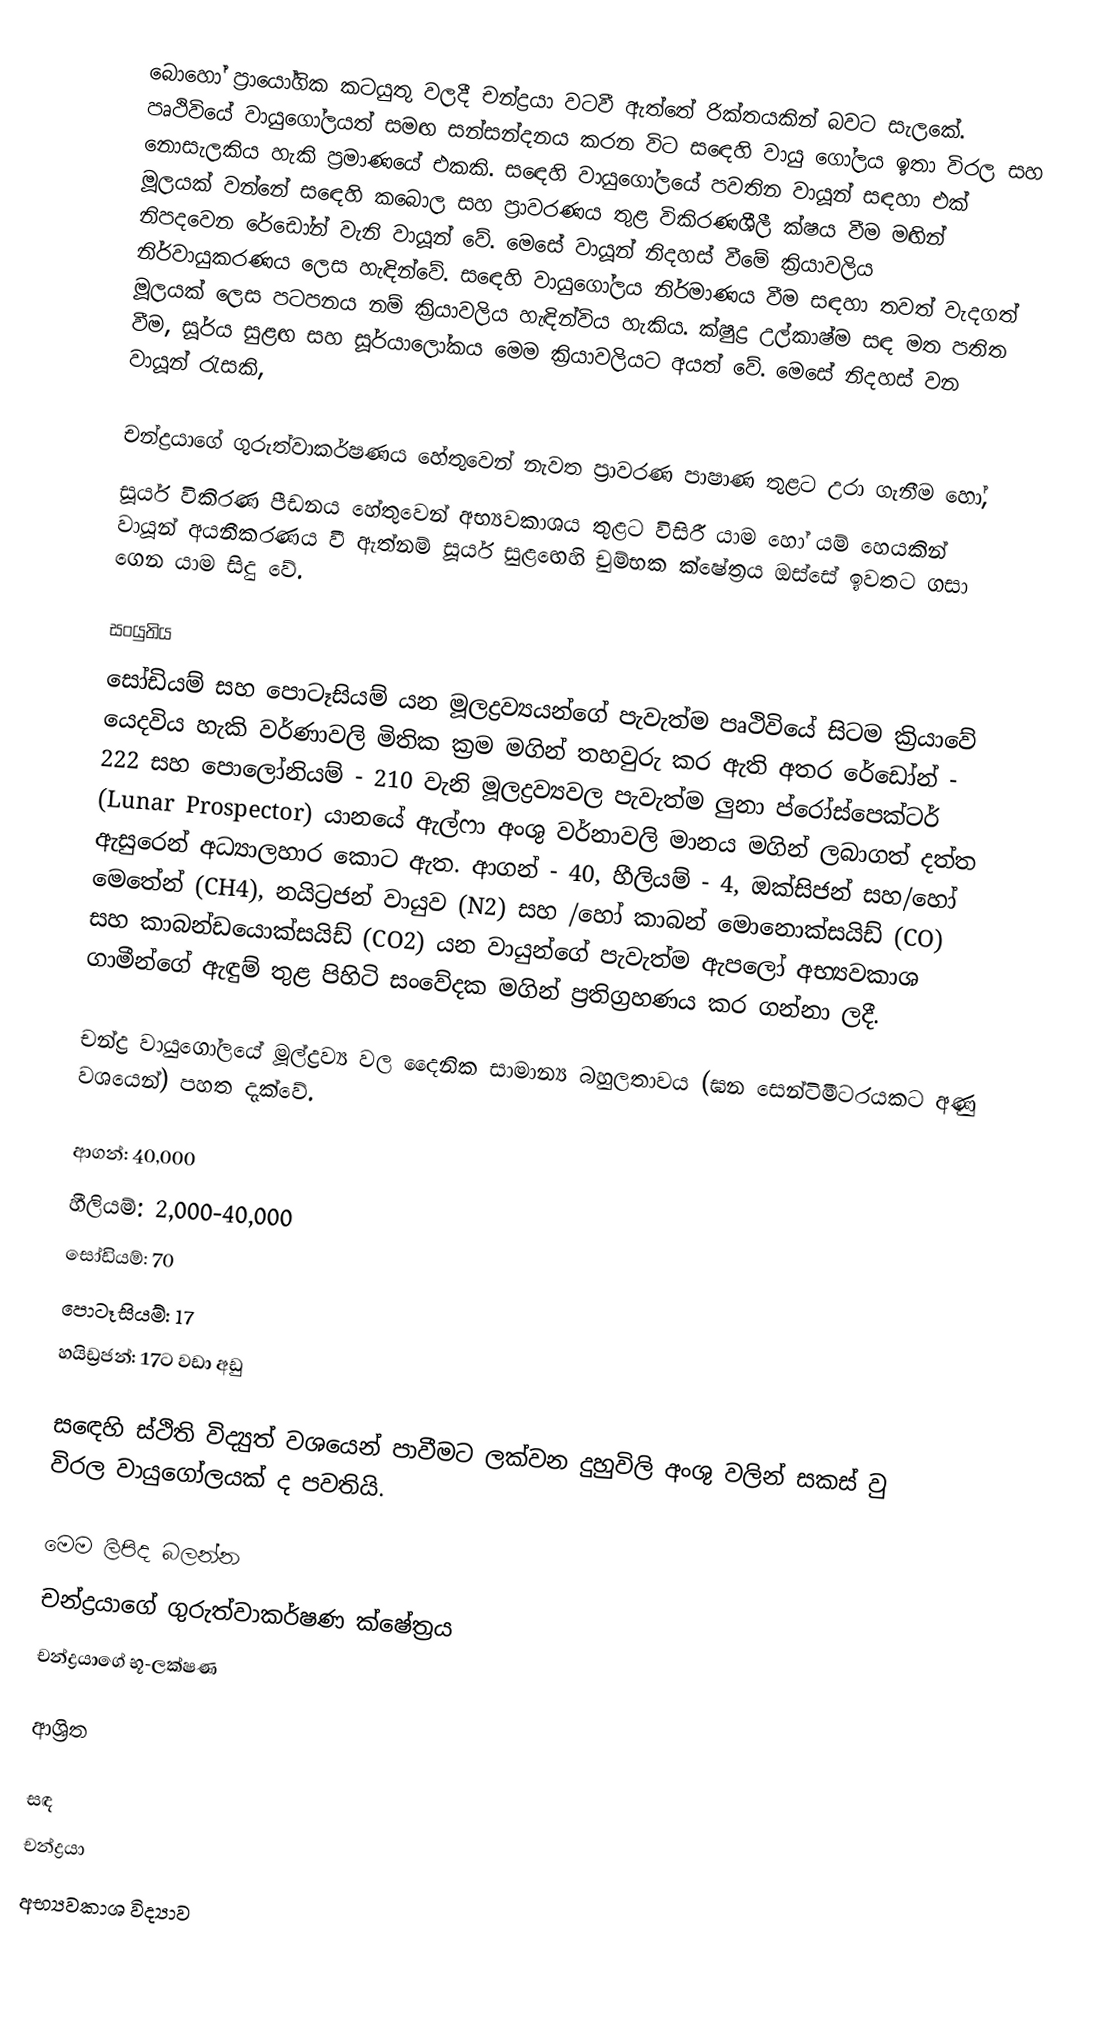
බොහෝ ප්‍රායෝගික කටයුතු වලදී චන්ද්‍රයා වටවී ඇත්තේ රික්තයකින් බවට සැලකේ. පෘථිවියේ වායුගෝලයත් සමඟ සන්සන්දනය කරන විට සඳෙහි වායු ගෝලය ඉතා විරල සහ නොසැලකිය හැකි ප්‍රමාණයේ එකකි. සඳෙහි වායුගෝලයේ පවතින වායූන් සඳහා එක් මූලයක් වන්නේ සඳෙහි කබොල සහ  ප්‍රාවරණය තුළ විකිරණශීලී ක්ෂය වීම මඟින් නිපදවෙන රේඩෝන් වැනි වායූන් වේ. මෙසේ වායූන් නිදහස් වීමේ ක්‍රියාවලිය නිර්වායුකරණය ලෙස හැඳින්වේ. සඳෙහි වායුගෝලය නිර්මාණය වීම සඳහා තවත් වැදගත් මූලයක් ලෙස පටපනය නම් ක්‍රියාවලිය හැඳින්විය හැකිය. ක්ෂුද්‍ර උල්කාෂ්ම සඳ මත පතිත වීම, සූර්ය සුළඟ සහ සූර්යාලෝකය මෙම ක්‍රියාවලියට අයත් වේ. මෙසේ නිදහස් වන වායූන් රැසකි,

චන්ද්‍රයාගේ ගුරුත්වාකර්ෂණය හේතුවෙන් නැවත ප්‍රාවරණ පාෂාණ තුළට උරා ගැනීම හෝ,
සූර්ය විකිරණ පීඩනය හේතුවෙන් අභ්‍යවකාශය තුළට විසිරී යාම හෝ යම් හෙයකින් වායූන් අයනීකරණය වී ඇත්නම් සූර්ය සුළඟෙහි චුම්භක ක්ෂේත්‍රය ඔස්සේ ඉවතට ගසා ගෙන යාම සිදු වේ.

සංයුතිය
සෝඩියම් සහ පොටෑසියම් යන මූලද්‍රව්‍යයන්ගේ පැවැත්ම පෘථිවියේ සිටම ක්‍රියාවේ යෙදවිය හැකි වර්ණාවලි මිතික ක්‍රම මගින් තහවුරු කර ඇති අතර රේඩෝන් - 222 සහ පොලෝනියම් - 210 වැනි මූලද්‍රව්‍යවල පැවැත්ම ලුනා ප්රෝස්පෙක්ටර් (Lunar Prospector) යානයේ ඇල්ෆා අංශු වර්නාවලි මානය මගින් ලබාගත් දත්ත ඇසුරෙන් අධ්‍යාලහාර කොට ඇත. ආගන් - 40, හීලියම් - 4, ඔක්සිජන් සහ/හෝ මෙතේන් (CH4), නයිට්‍රජන් වායුව (N2) සහ /හෝ කාබන් මොනොක්සයිඩ් (CO) සහ කාබන්ඩයොක්සයිඩ් (CO2) යන වායුන්ගේ පැවැත්ම ඇපලෝ අභ්‍යවකාශ ගාමීන්ගේ ඇඳුම් තුළ පිහිටි සංවේදක මගින් ප්‍රතිග්‍රහණය කර ගන්නා ලදී.

චන්ද්‍ර වායුගෝලයේ මූල්ද්‍රව්‍ය වල දෛනික සාමාන්‍ය බහුලතාවය (ඝන සෙන්ටිමීටරයකට අණු වශයෙන්) පහත දැක්වේ.

ආගන්: 40,000
හීලියම්: 2,000-40,000
සෝඩියම්: 70
පොටෑසියම්: 17
හයිඩ්‍රජන්: 17ට වඩා අඩු

සඳෙහි ස්ථිති විද්‍යුත් වශයෙන් පාවීමට ලක්වන දුහුවිලි අංශු වලින් සකස් වු විරල වායුගෝලයක් ද පවතියි.

මෙම ලිපිද බලන්න
 චන්ද්‍රයාගේ ගුරුත්වාකර්ෂණ ක්ෂේත්‍රය
 චන්ද්‍රයාගේ භූ-ලක්ෂණ

ආශ්‍රිත

සඳ
චන්ද්‍රයා
අභ්‍යවකාශ විද්‍යාව